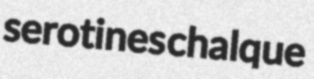
serotines chalque